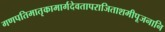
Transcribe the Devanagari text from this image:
गणपतिमातृकामार्गदेवतापराजिताशमीपूजनानि